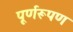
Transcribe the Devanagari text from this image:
पूर्णरूपण